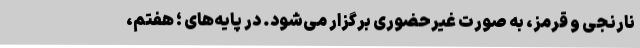
نارنجی و قرمز، به صورت غیرحضوری برگزار می‌شود. در پایه‌های ؛ هفتم،